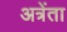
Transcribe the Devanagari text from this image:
अत्रेंता